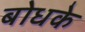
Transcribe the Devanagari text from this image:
बोधके